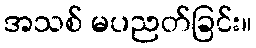
အသစ် မပညတ်ခြင်း။